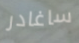
ساغادر